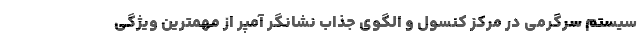
سیستم سرگرمی در مرکز کنسول و الگوی جذاب نشانگر آمپر از مهمترین ویژگی